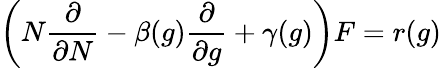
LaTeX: \left(N{\frac{\partial}{\partial N}}-\beta(g){\frac{\partial}{\partial g}}+\gamma(g)\right)F=r(g)